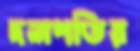
দলপতির